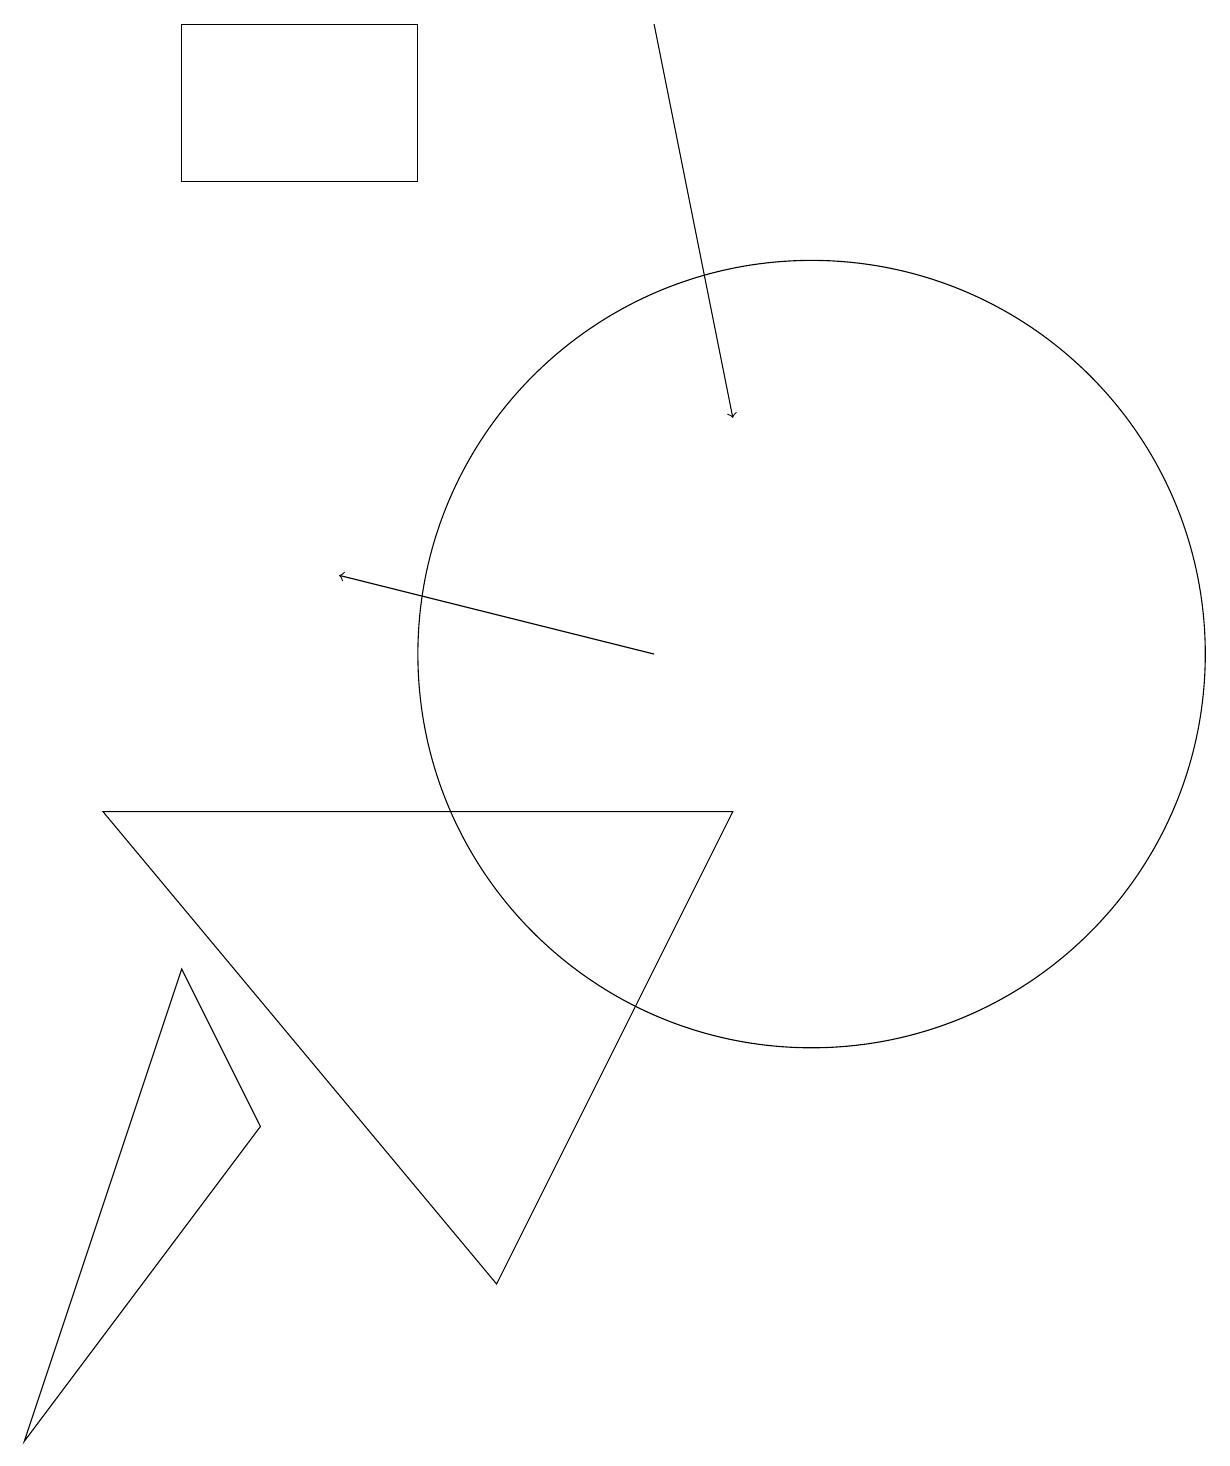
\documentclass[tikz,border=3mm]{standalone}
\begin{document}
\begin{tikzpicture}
\draw (9,8) -- (6,2) -- (1,8) -- cycle;
\draw (5,18) rectangle (2,16);
\draw[->] (8,10) -- (4,11);
\draw (10,10) circle (5);
\draw (3,4) -- (0,0) -- (2,6) -- cycle;
\draw[->] (8,18) -- (9,13);
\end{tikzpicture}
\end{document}